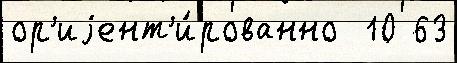
ор'иjент'и́рованно  10 63